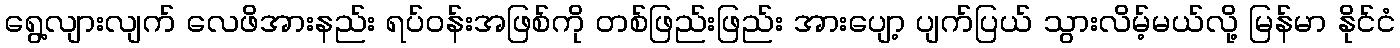
ရွေ့လျားလျက် လေဖိအားနည်း ရပ်၀န်းအဖြစ်ကို တစ်ဖြည်းဖြည်း အားပျော့ ပျက်ပြယ် သွားလိမ့်မယ်လို့ မြန်မာ နိုင်ငံ